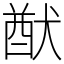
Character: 猷